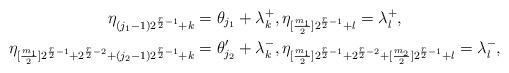
LaTeX: \begin{gather*} \eta_{(j_1-1)2^{{r\over 2}-1}+k}= \theta_{j_1} + \lambda_k^+, \eta_{[{m_1\over2}]2^{{r\over 2}-1}+l}= \lambda_l^+ ,\\ \eta_{[{m_1\over2}]2^{{r\over 2}-1}+2^{{r\over 2}-2}+(j_2-1)2^{{r\over 2}-1}+k}= \theta_{j_2}'+ \lambda_k^- , \eta_{[{m_1\over2}]2^{{r\over 2}-1}+2^{{r\over 2}-2}+[{m_2\over 2}]2^{{r\over 2}-1}+l}= \lambda_l^- ,\end{gather*}